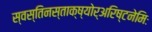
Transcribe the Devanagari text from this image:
स्वस्तिनस्ताक्ष्योर्अरिष्टनेमिः